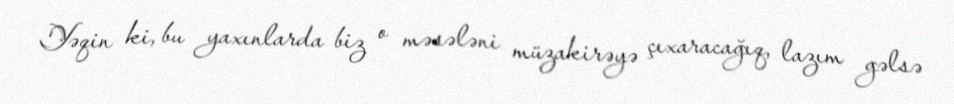
Yəqin ki, bu yaxınlarda biz o məsələni müzakirəyə çıxaracağıq, lazım gəlsə